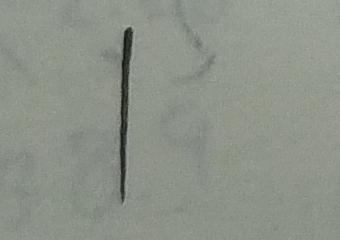
1